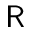
\mathsf { R }